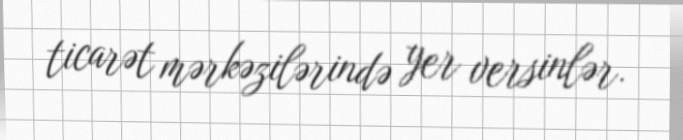
ticarət mərkəzilərində yer versinlər.